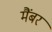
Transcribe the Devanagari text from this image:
मैंबर